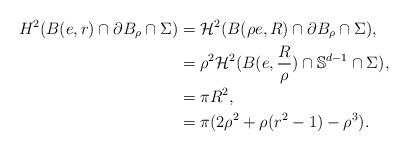
LaTeX: \begin{align*}{H}^{2}(B(e,r) \cap \partial B_{\rho} \cap \Sigma)&= \mathcal{H}^{2}(B(\rho e,R) \cap \partial B_{\rho} \cap \Sigma),\\&= \rho^{2} \mathcal{H}^{2}(B( e,\frac{R}{\rho}) \cap \mathbb{S}^{d-1} \cap \Sigma), \\&=\pi R^{2},\\&=\pi (2 \rho^{2} + \rho (r^{2}-1)-\rho^{3}).\end{align*}